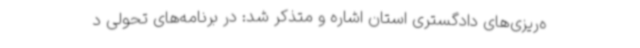
ه‌ریزی‌های دادگستری استان اشاره و متذکر شد: در برنامه‌های تحولی د